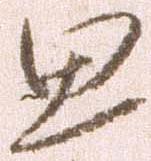
思